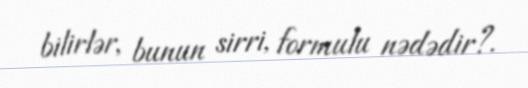
bilirlər, bunun sirri, formulu nədədir?.